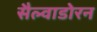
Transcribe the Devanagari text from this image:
सैल्वाडोरन